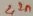
Text: 2,2n